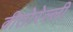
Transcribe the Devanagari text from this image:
वीतोरेल्ली